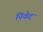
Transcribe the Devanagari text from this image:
निवेद